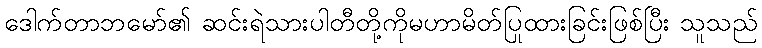
ဒေါက်တာဘမော်၏ ဆင်းရဲသားပါတီတို့ကိုမဟာမိတ်ပြုထားခြင်းဖြစ်ပြီး သူသည်